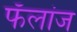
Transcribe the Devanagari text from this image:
फॅलांज